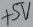
Text: +5V